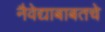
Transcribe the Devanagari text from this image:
नैवेद्याबाबतचे